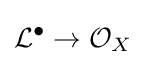
{\mathcal {L}}^{\bullet }\to {\mathcal {O}}_{X}